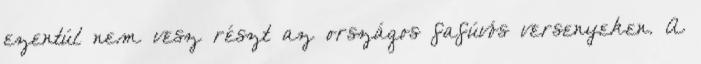
ezentúl nem vesz részt az országos fafúvós versenyeken. A